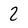
Character: 2